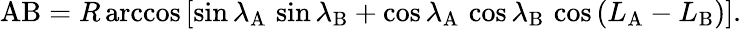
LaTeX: \mathrm{AB}=R\operatorname{arccos}\left[\sin\lambda_{\mathrm{A}}\, \sin\lambda_{\mathrm{B}}+\cos\lambda_{\mathrm{A}}\, \cos\lambda_{\mathrm{B}}\, \cos\left(L_{\mathrm{A}}-L_{\mathrm{B}}\right)\right].